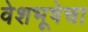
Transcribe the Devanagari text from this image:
वेशभूषेचा